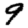
Digit: 9